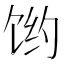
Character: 𱃻